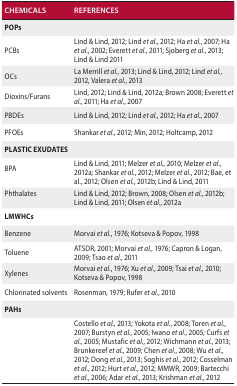
| CHEMICALS | REFERENCES |
 | --- | --- |
 | POPs |  |
 | PCBs | Lind & Lind, 2012; Lind et al., 2012; Ha et al., 2007; Ha et al., 2002; Everett et al., 2011; Sjoberg et al., 2013; Lind & Lind 2011 |
 | OCs | La Merrill et al., 2013; Lind & Lind, 2012; Lind et al., 2012, Valera et al., 2013 |
 | Dioxins/Furans | Lind, 2012; Lind & Lind, 2012a; Brown 2008; Everett et al., 2011; Ha et al., 2007 |
 | PBDEs | Lind & Lind, 2012; Lind et al., 2012; Ha et al., 2007 |
 | PFOEs | Shankar et al., 2012; Min, 2012; Holtcamp, 2012 |
 | PLASTIC EXUDATES |  |
 | BPA | Lind & Lind, 2011; Melzer et al., 2010; Melzer et al., 2012a; Shankar et al., 2012; Melzer et al., 2012; Bae, et al., 2012; Olsen et al., 2012b; Lind & Lind, 2011 |
 | Phthalates | Lind & Lind, 2012; Brown, 2008; Olsen et al., 2012b; Lind & Lind, 2011; Olsen et al., 2012a |
 | LMWHCs |  |
 | Benzene | Morvai et al., 1976; Kotseva & Popov, 1998 |
 | Toluene | ATSDR,2001; Morvai et al., 1976; Capron & Logan, 2009; Tsao et al., 2011 |
 | Xylenes | Morvai et al.,1976; Xu et al., 2009; Tsai et al., 2010; Kotseva & Popov, 1998 |
 | Chlorinated solvents | Rosenman,1979; Rufer et al., 2010 |
 | PAHs |  |
 |  | Costello et al., 2013; Yokota et al., 2008; Toren et al., 2007; Burstyn et al., 2005; Iwano et al., 2005; Curfs et al., 2005; Mustafic et al., 2012; Wichmann et al., 2013; Brunkereef et al., 2009; Chen et al., 2008; Wu et al., 2012; Dong et al., 2013; Soghis et al., 2012; Cosselman et al., 2012; Hurt et al., 2012; MMWR, 2009; Bartecchi et al., 2006; Adar et al., 2013; Krishman et al., 2012 |